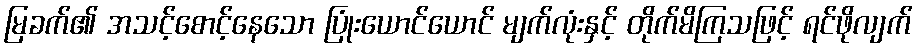
မြခက်၏ အသင့်စောင့်နေသော ပြုံးယောင်ယောင် မျက်လုံးနှင့် တိုက်မိကြသဖြင့် ရင်ဖိုလျက်